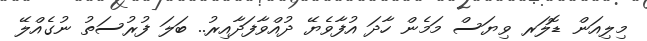
މިލިއަން ޑޮލަރ ވިޔަސް މަމެން ހާދަ އުފާވެޔޭ ދުއްވާފަދާއިރު.. ބަލަ ފުރުސަތު ނުގެއްލޭ